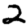
Digit: 2